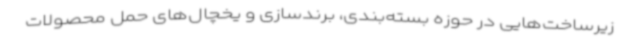
زیرساخت‌هایی در حوزه بسته‌بندی، برندسازی و یخچال‌های حمل محصولات